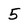
Character: 5